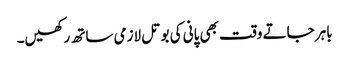
باہر جاتے وقت بھی پانی کی بوتل لازمی ساتھ رکھیں۔